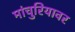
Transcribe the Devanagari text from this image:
मांचुरियावर